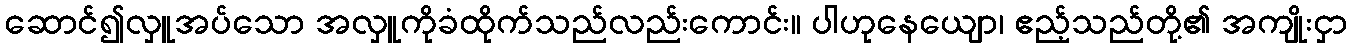
ဆောင်၍လှူအပ်သော အလှူကိုခံထိုက်သည်လည်းကောင်း။ ပါဟုနေယျော၊ ဧည့်သည်တို့၏ အကျိုးငှာ